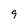
Character: 9